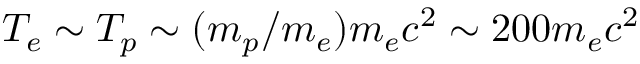
T _ { e } \sim T _ { p } \sim ( m _ { p } / m _ { e } ) m _ { e } c ^ { 2 } \sim 2 0 0 m _ { e } c ^ { 2 }